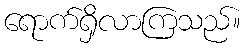
ရောက်ရှိလာကြသည်။